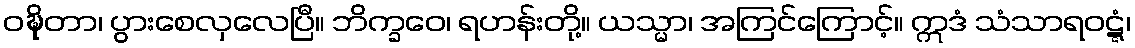
ဝဍ္ဎိတာ၊ ပွားစေလှလေပြီ။ ဘိက္ခဝေ၊ ရဟန်းတို့။ ယသ္မာ၊ အကြင်ကြောင့်။ ဣဒံ သံသာရဝဋ္ဋံ၊